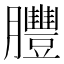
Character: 𦣂